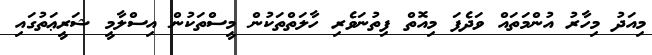
މިއަދު މިހާރު އުންމަތައް ވަދެފަ މިއޮތް ފިތުނަވެރި ހާލަތްތަކުން މީސްތަކުން އިސްލާމީ ޝަރީޢަތުގައި